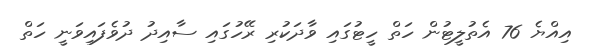
އިއްޔެ 76 އެތުލީޓުން ހަތް ހީޓުގައި ވާދަކުރި ރޭހުގައި ސާއިދު ދުވެފައިވަނީ ހަތް